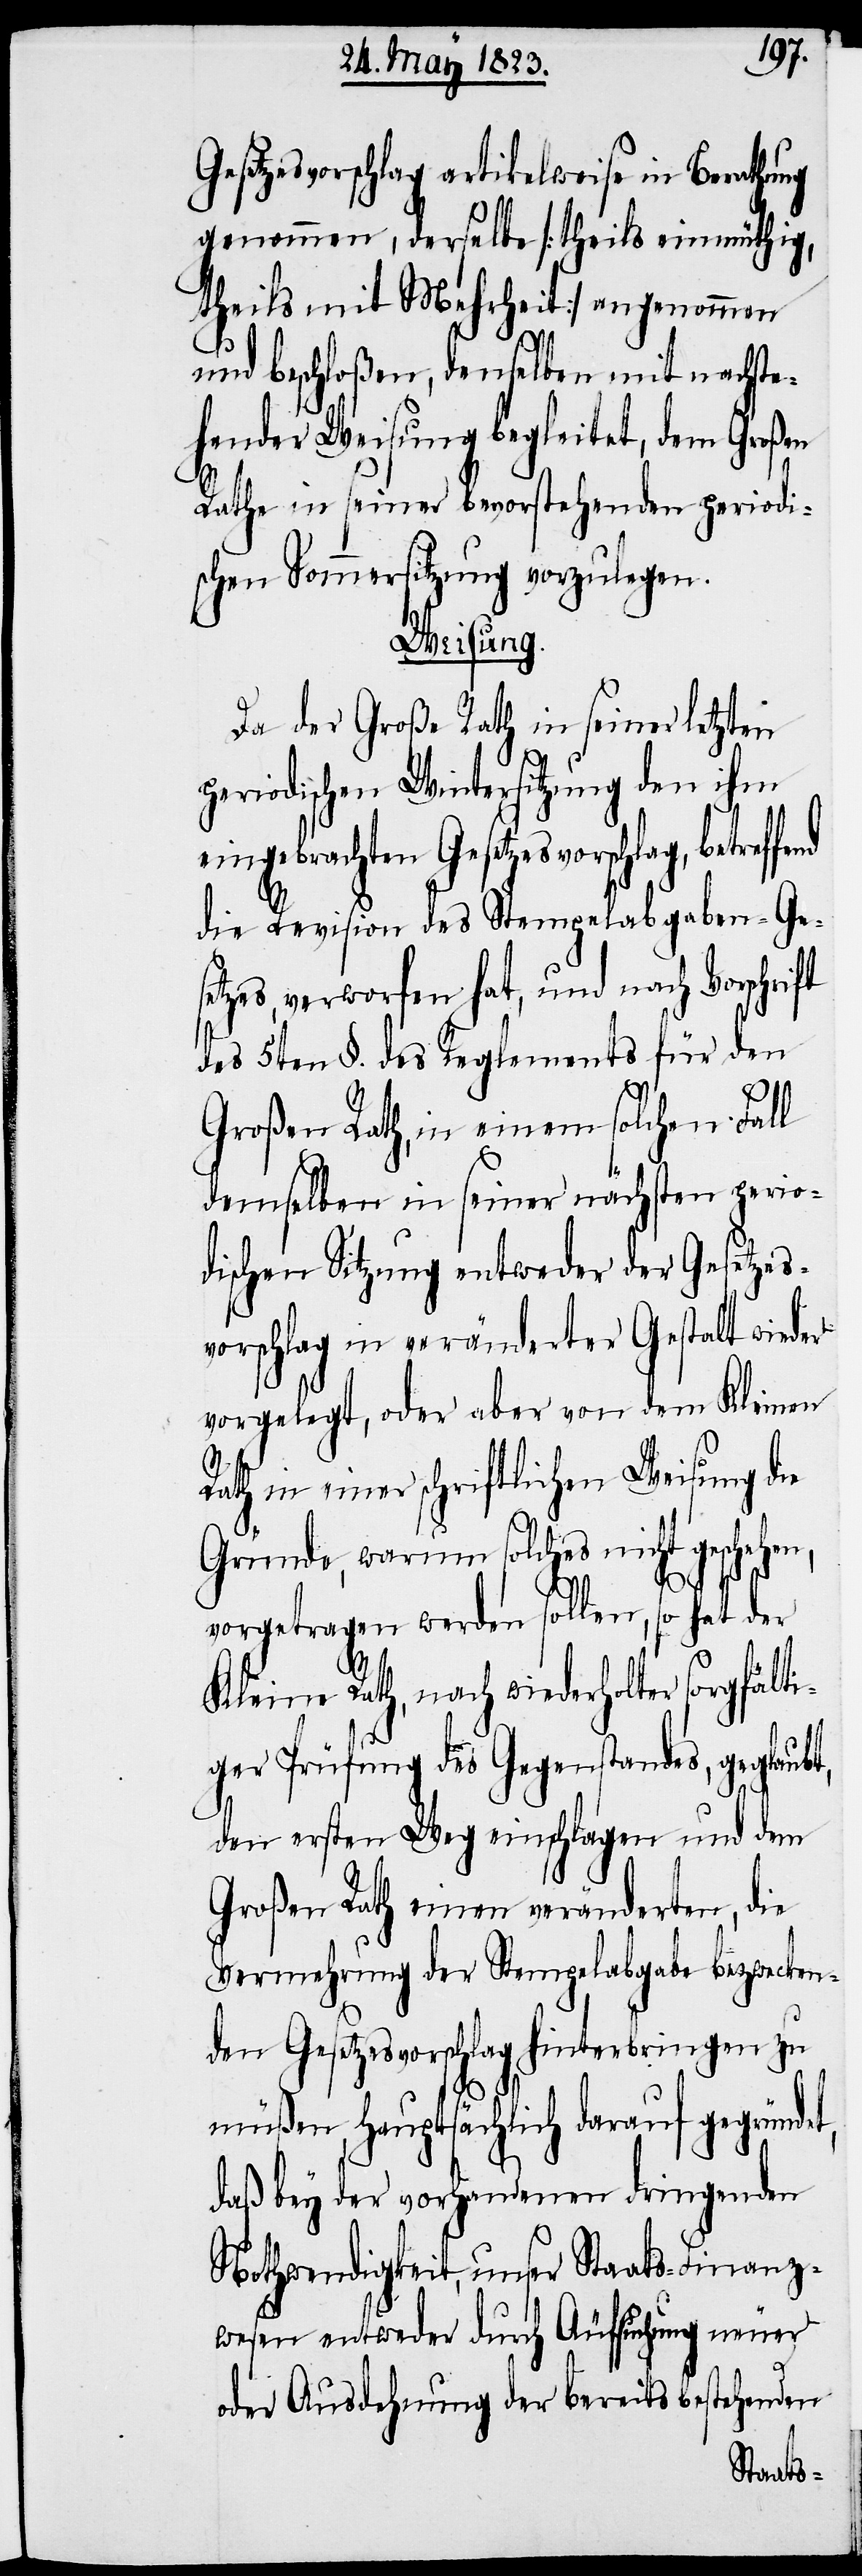
Gesetzesvorschlag artikelweise in Berathung
genommen, derselbe [theils einmüthig,
theils mit Mehrheit] angenommen
und beschloßen, denselben mit nachste¬
hender Weisung begleitet, dem Großen
Rathe in seiner bevorstehenden periodi¬
schen Sommersitzung vorzulegen.
Weisung.
Da der Große Rath in seiner letzten
periodischen Wintersitzung den ihm
eingebrachten Gesetzesvorschlag,
die Revision des Stempelabgaben-Ges¬
etzes, verworfen hat, und nach Vorschrift
des 5ten §. des Reglements für den
Großen Rath, in einem solchen Fall
demselben in seiner nächsten perio¬
dischen Sitzung entweder der Gesetzes¬
vorschlag in veränderter Gestalt wieder
vorgelegt, oder aber von dem Kleinen
Rath in einer schriftlichen Weisung die
Gründe, warum solches nicht geschehen,
vorgetragen werden sollen, so hat der
Kleine Rath, nach wiederholter sorgfälti¬
ger Prüfung des Gegenstandes, geglaubt,
den ersten Weg einschlagen und dem
Großen Rath einen veränderten, die
Vermehrung der Stempelabgabe bezwecken¬
den Gesetzesvorschlag hinterbringen zu
müßen, hauptsächlich darauf gegründet,
daß bey der vorhandenen dringenden
Nothwendigkeit, unser Staats-Finanz¬
wesen entweder durch Äufsuchung neuer
oder Ausdehnung der bereits bestehenden